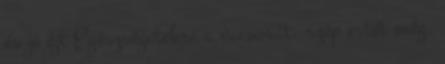
és jó éjt Egészségetekre a vacsorát, szép estét még,